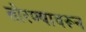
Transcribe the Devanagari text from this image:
तोरण्यावरून